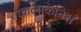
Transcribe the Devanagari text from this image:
कालाकेनिस